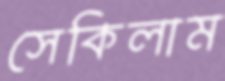
সেকিলাম